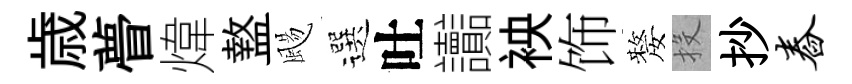
歳瞢煒盩颺選吐讟䘧饰嫠投抄舂